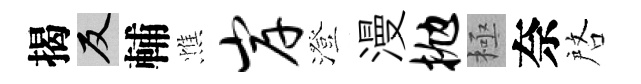
揭反輔憔岸澄漫抛極奈啓